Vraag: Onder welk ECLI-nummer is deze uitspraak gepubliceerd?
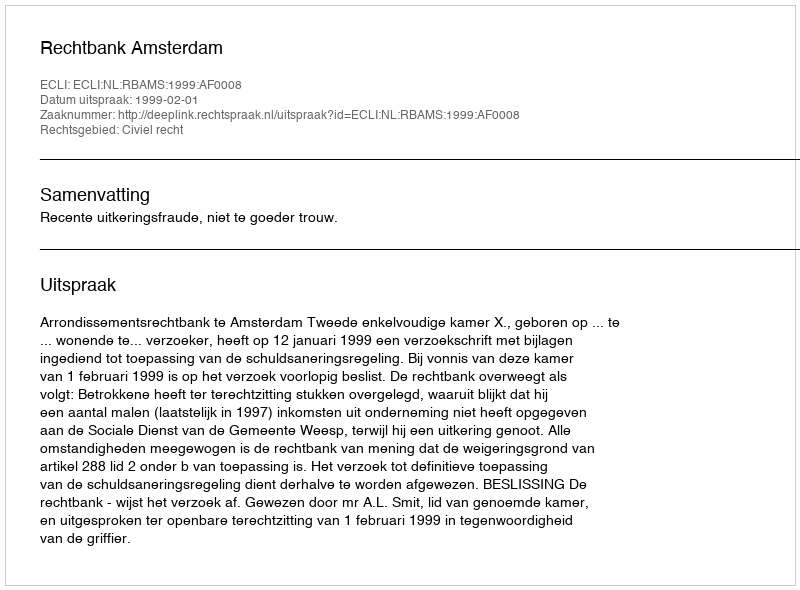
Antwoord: ECLI:NL:RBAMS:1999:AF0008